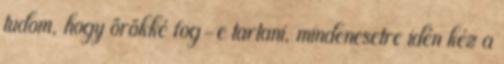
tudom, hogy örökké fog-e tartani, mindenesetre idén kéz a